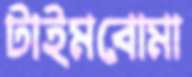
টাইমবোমা